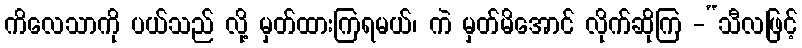
ကိလေသာကို ပယ်သည် လို့ မှတ်ထားကြရမယ်၊ ကဲ မှတ်မိအောင် လိုက်ဆိုကြ -“သီလဖြင့်